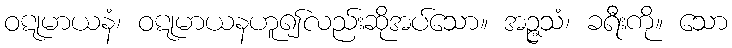
ဝဋုမာယနံ၊ ဝဋုမာယနဟူ၍လည်းဆိုအပ်သော။ အဉ္ဇသံ၊ ခရီးကို။ သော